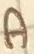
Text: A